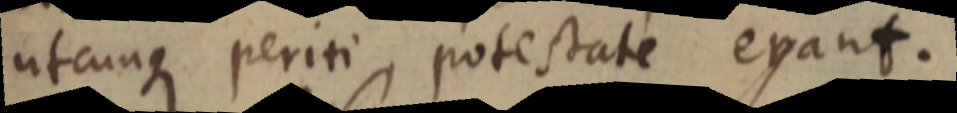
utcunque periti potestate erant.